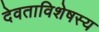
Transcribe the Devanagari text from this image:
देवताविशेषस्य